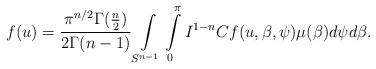
LaTeX: \begin{align*} f(u)=\frac{\pi^{n/2}\Gamma(\frac{n}{2})}{2\Gamma(n-1)}\int\limits_{S^{n-1}}\int\limits_0^\pi I^{1-n}Cf(u, \beta, \psi)\mu(\beta) d\psi d\beta.\\ \end{align*}